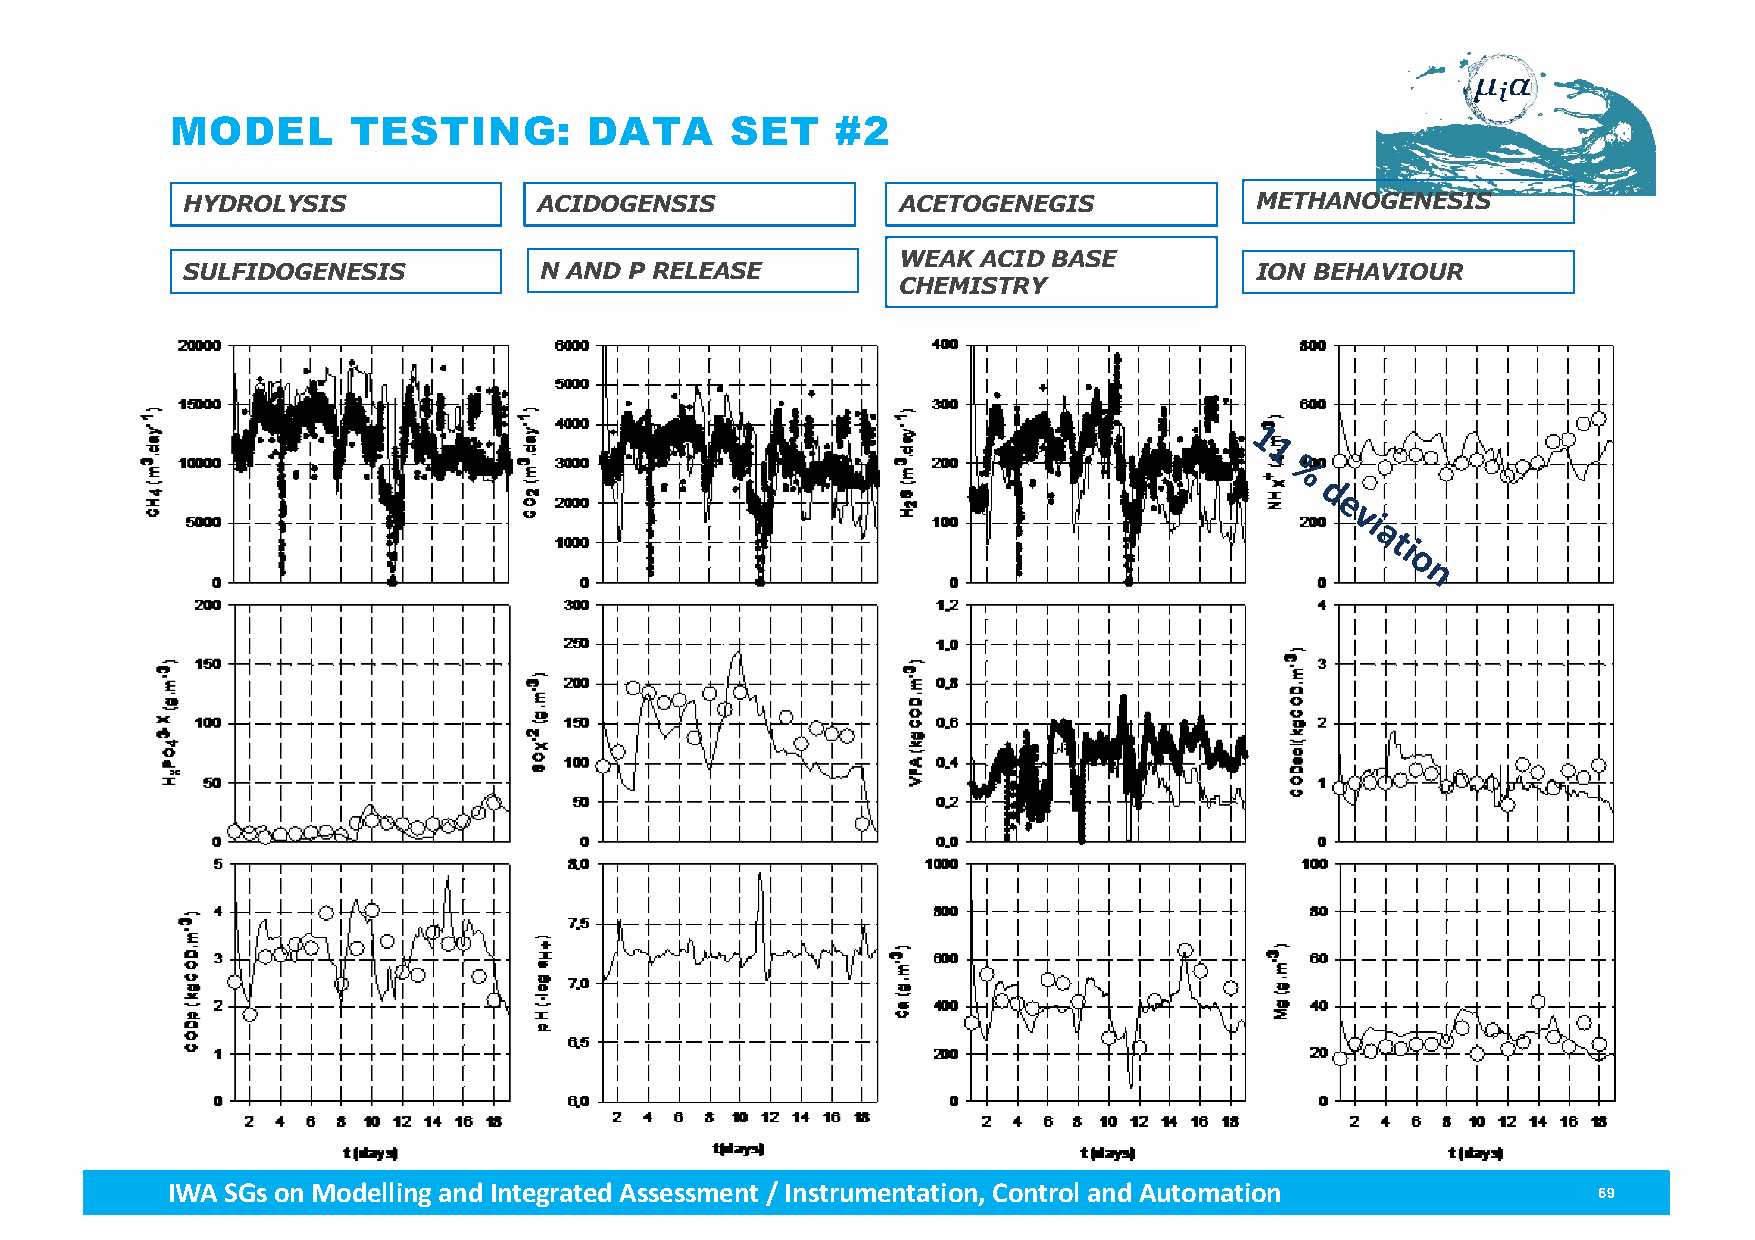
MODEL       TESTING:        DATA     SET    #2
 HYDROLYSIS              ACIDOGENSIS            ACETOGENEGIS            METHANOGENESIS
 WEAK  ACID BASE
 SULFIDOGENESIS          N AND P RELEASE                                ION BEHAVIOUR
 CHEMISTRY
 1
 1
 %
 d
 e
 vi
 a
 ti
 o
 n
 IWA SGs on Modellingand Integrated Assessment / Instrumentation, Control and Automation        69